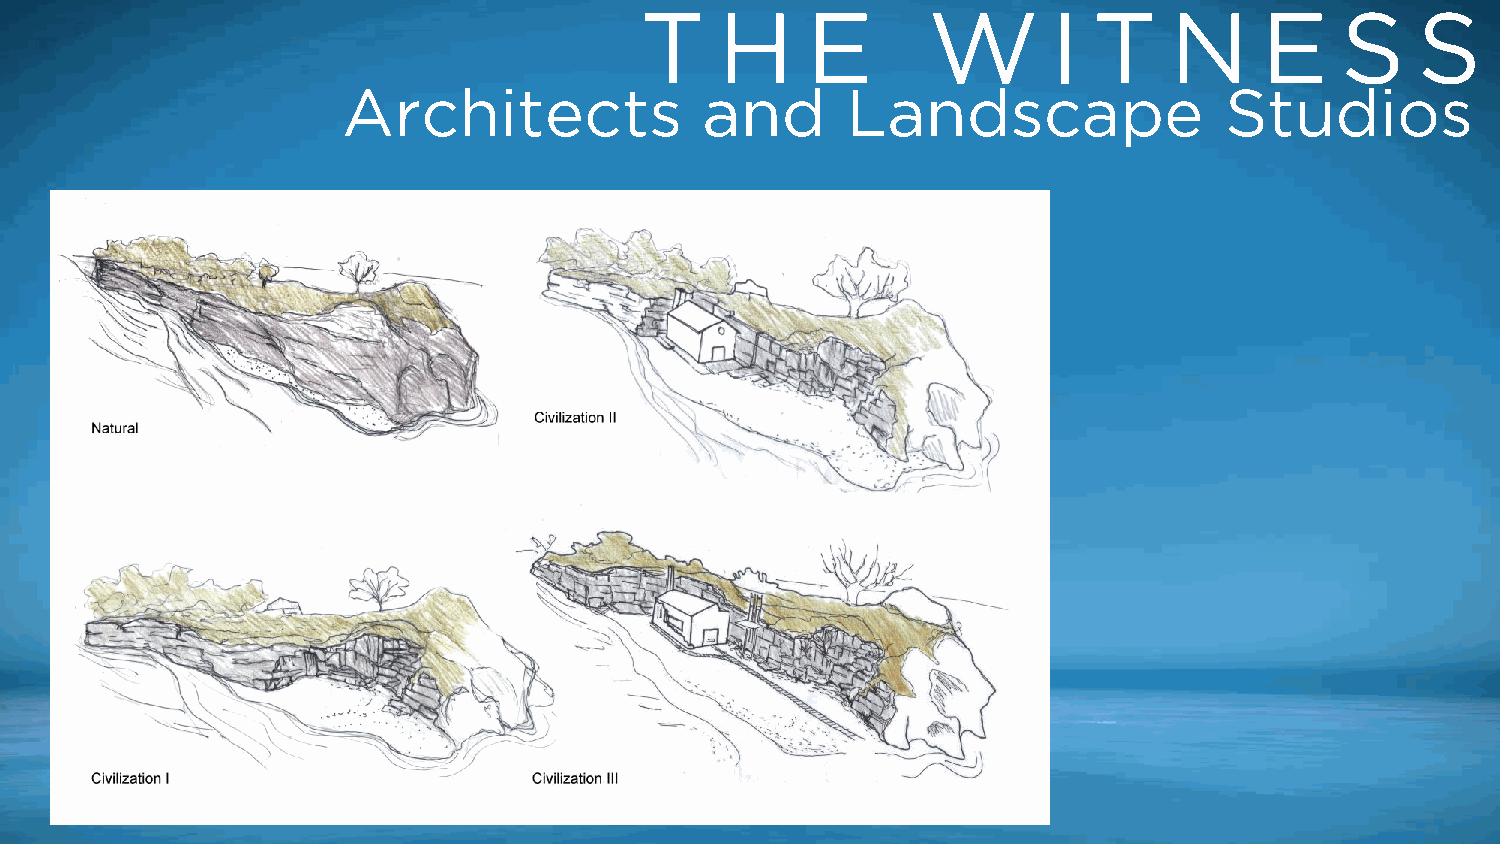
T     H    E       W        I T    N      E    S    S
 Architects             and       Landscape                Studios